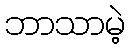
ဘာသာမဲ့